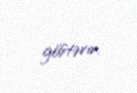
göstərir.